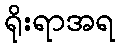
ရိုးရာအရ